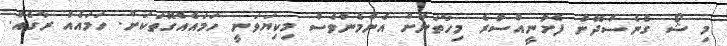
މި ޝޯ ގެނެސްދޭން ފެށުނީއްސުރެ މިހާތަނަށް އެންމެންވެސް މިކިޔަވަނީ ހަމައެއްގޮތަކަށް. ހަމައެއް ރާގެއް.